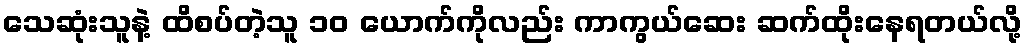
သေဆုံးသူနဲ့ ထိစပ်တဲ့သူ ၁၀ ယောက်ကိုလည်း ကာကွယ်ဆေး ဆက်ထိုးနေရတယ်လို့